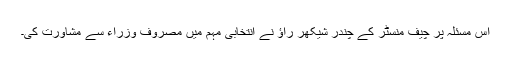
اس مسئلہ پر چیف منسٹر کے چندر شیکھر راؤ نے انتخابی مہم میں مصروف وزراء سے مشاورت کی۔